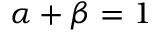
\alpha + \beta = 1